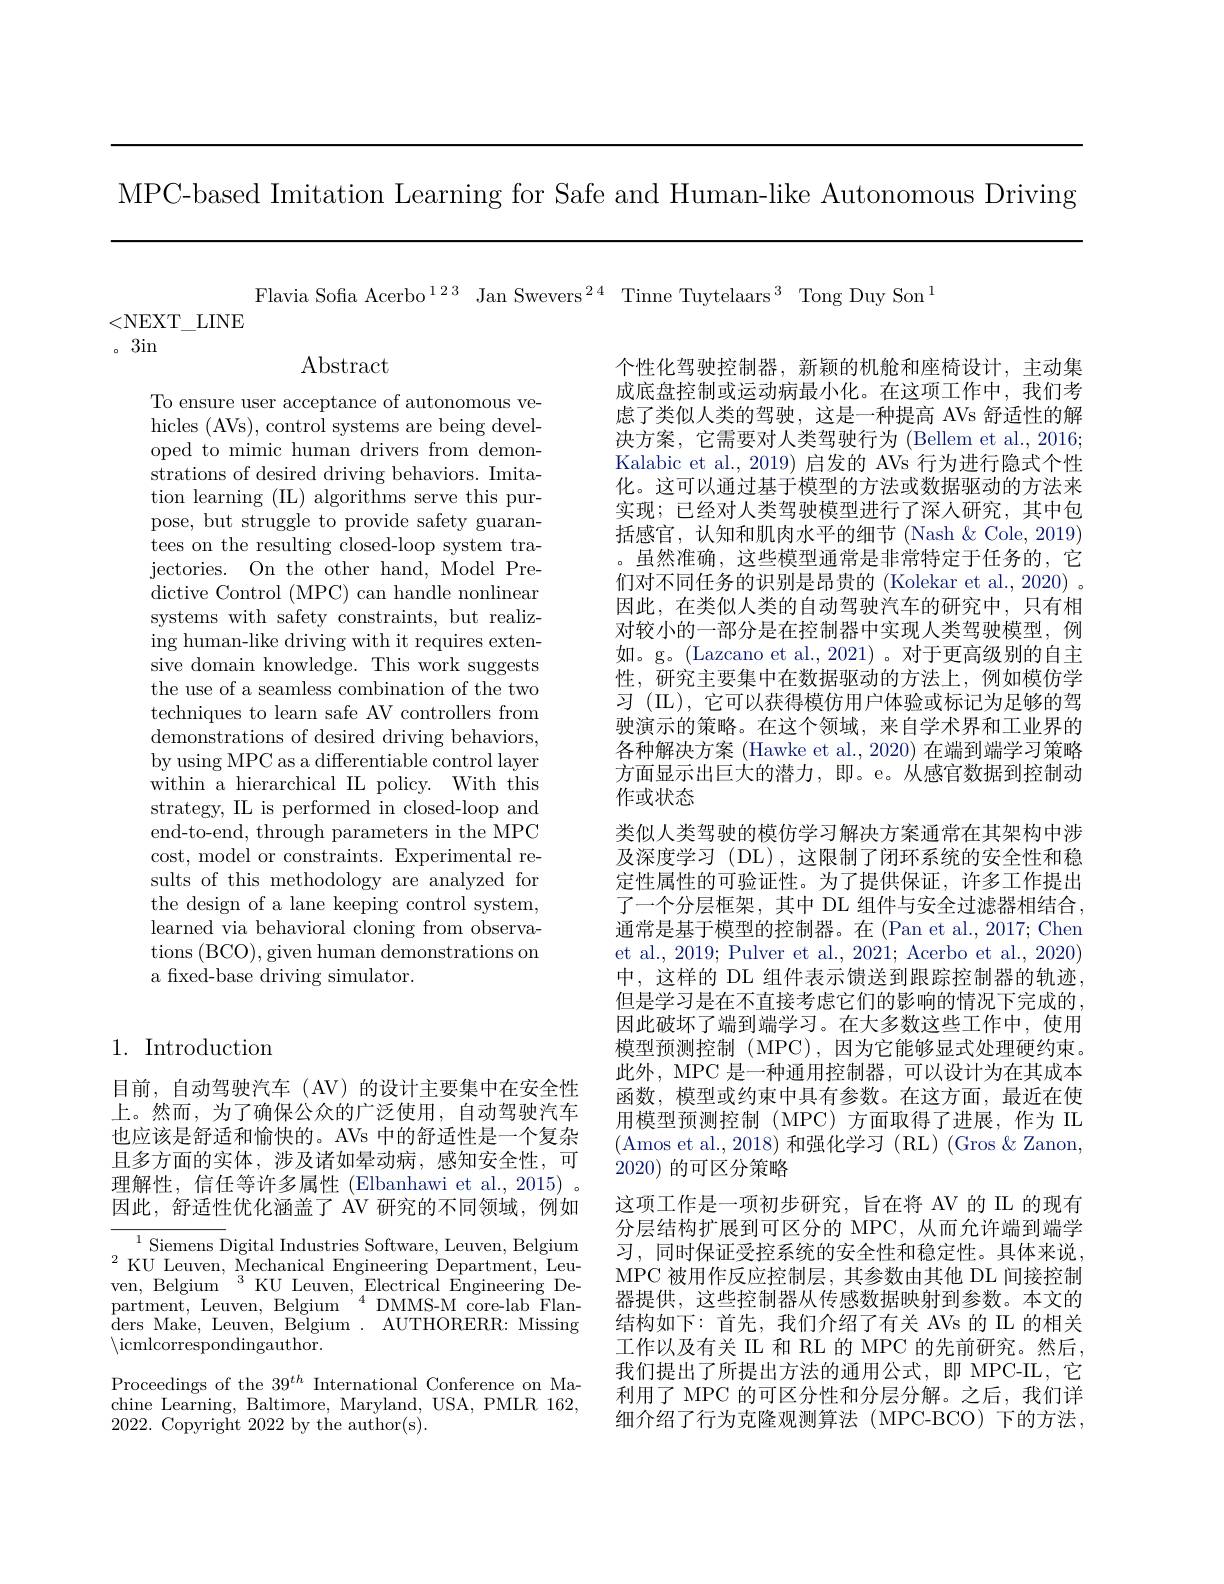
MPC-based Imitation Learning for Safe and Human-like Autonomous Driving

Flavia Sofia Acerbo$^123$ Jan Swevers$^{24}$ Tinne Tuytelaars$^3$ Tong Duy Son$^1$
<NEXT\_LINE

。3in

$\operatorname{Abstract}$

To ensure user acceptance of autonomous vehicles (AVs), control systems are being developed to mimic human drivers from demonstrations of desired driving behaviors. Imitation learning (IIL) algorithms serve this purpose, but struggle to provide safety guarantees on the resulting closed-loop system trajectories. On the other hand, Model Predictive Control (MPC) can handle nonlinear systems with safety constraints, but realizing human-like driving with it requires extensive domain knowledge. This work suggests the use of a seamless combination of the two techniques to learn safe AV controllers from demonstrations of desired driving behaviors, by using MPC as a differentiable control layer within a hierarchical IL policy. With this strategy, IL is performed in closed-loop and end-to-end, through parameters in the MPC cost, model or constraints. Experimental results of this methodology are analyzed for the design of a lane keeping control system, learned via behavioral cloning from observations (BCO), given human demonstrations on a fixed-base driving simulator.

个性化驾驶控制器，新颖的机舱和座椅设计，主动集成底盘控制或运动病最小化。在这项工作中，我们考虑了类似人类的驾驶，这是一种提高 AVs 舒适性的解决方案，它需要对人类驾驶行为 (Bellem et al., 2016; Kalabic et al., 2019) 启发的 AVs 行为进行隐式个性化。这可以通过基于模型的方法或数据驱动的方法来实现；已经对人类驾驶模型进行了深人研究，其中包括感官，认知和肌肉水平的细节(Nash&Cole,2019) 。虽然准确，这些模型通常是非常特定于任务的，它们对不同任务的识别是昂贵的 (Kolekar et al., 2020) 。因此，在类似人类的自动驾驶汽车的研究中，只有相对较小的一部分是在控制器中实现人类驾驶模型，例如。g。(Lazcano et al., 2021)。对于更高级别的自主性，研究主要集中在数据驱动的方法上，例如模仿学习 (IL), 它可以获得模仿用户体验或标记为足够的驾驶演示的策略。在这个领域，来自学术界和工业界的各种解决方案 (Hawke et al., 2020) 在端到端学习策略方面显示出巨大的潜力，即。e。从感官数据到控制动作或状态
类似人类驾驶的模仿学习解决方案通常在其架构中涉及深度学习 (DL),这限制了闭环系统的安全性和稳定性属性的可验证性。为了提供保证，许多工作提出了一个分层框架，其中 DL 组件与安全过滤器相结合， 通常是基于模型的控制器。在 (Pan et al., 2017; Chen et al., 2019; Pulver et al., 2021; Acerbo et al., 2020) 中，这样的 DL 组件表示馈送到跟踪控制器的轨迹， 但是学习是在不直接考虑它们的影响的情况下完成的， 因此破坏了端到端学习。在大多数这些工作中，使用模型预测控制 (MPC),因为它能够显式处理硬约束。此外，MPC 是一种通用控制器，可以设计为在其成本函数，模型或约束中具有参数。在这方面，最近在使用模型预测控制(MPC)方面取得了进展，作为 IL (Amos et al., 2018) 和强化学习 (RL) (Gros &Zanon, 2020)的可区分策略
这项工作是一项初步研究，旨在将 AV 的 IL 的现有分层结构扩展到可区分的 MPC, 从而允许端到端学习，同时保证受控系统的安全性和稳定性。具体来说， MPC 被用作反应控制层，其参数由其他 DL 间接控制器提供，这些控制器从传感数据映射到参数。本文的结构如下：首先，我们介绍了有关 AVs 的 IL 的相关工作以及有关 IL 和 RL 的 MPC 的先前研究。然后， 我们提出了所提出方法的通用公式，即 MPC-IL,它利用了 MPC 的可区分性和分层分解。之后，我们详细介绍了行为克隆观测算法(MPC-BCO)下的方法，

## 1. Introduction

目前，自动驾驶汽车(AV)的设计主要集中在安全性上。然而，为了确保公众的广泛使用，自动驾驶汽车也应该是舒适和愉快的。AVs 中的舒适性是一个复杂且多方面的实体，涉及诸如晕动病，感知安全性，可理解性，信任等许多属性 (Elbanhawi et al., 2015) 。因此，舒适性优化涵盖了 AV 研究的不同领域，例如

${^{1}\text{Siemens Digital Industries Software, Leuven, Belgium}}$ $^{2}$KU Leuven, Mechanical Engineering Department, Leuven, Belgium $^3$ KU Leuven, Electrical Engineering Department, Leuven, Belgium $^{4}$DMMS-M core-lab Flanders Make, Leuven, Belgium. AUTHORERR: Missing $\backslash$icmlcorrespondingauthor.
Proceedings of the $39^{th}$ International Conference on Machine Learning, Baltimore, Maryland, USA, PMLR 162, 2022. Copyright 2022 by the author(s).